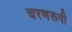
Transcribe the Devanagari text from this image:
चरणरूपी